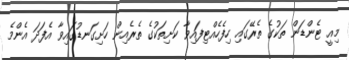
މިއީ ޓެންޑަން ތަކުގެ ތެރޭގައި ހިފެހެއްޓިފައިވާ ކަށިތަކުގެ ތެރެއިން ހަށިގަނޑުގައިވާ އެފަދަ އެންމެ